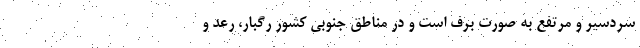
سردسیر و مرتفع به صورت برف است و در مناطق جنوبی کشور رگبار، رعد و